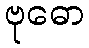
ဗုဓော